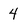
Character: 4